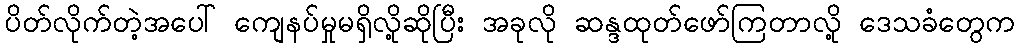
ပိတ်လိုက်တဲ့အပေါ် ကျေနပ်မှုမရှိလို့ဆိုပြီး အခုလို ဆန္ဒထုတ်ဖော်ကြတာလို့ ဒေသခံတွေက